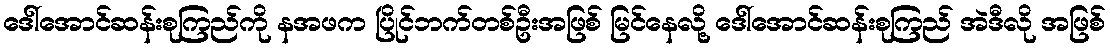
ဒေါ်အောင်ဆန်းစုကြည်ကို နအဖက ပြိုင်ဘက်တစ်ဦးအဖြစ် မြင်နေလို့ ဒေါ်အောင်ဆန်းစုကြည် အဲဒီလို အဖြစ်